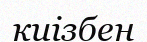
киізбен